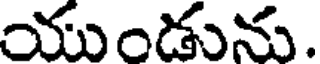
యుండును.